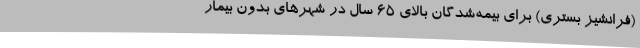
(فرانشیز بستری) برای بیمه‌شدگان بالای ۶۵ سال در شهرهای بدون بیمار